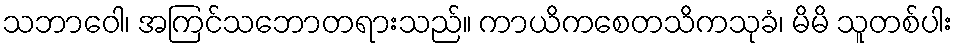
သဘာဝေါ၊ အကြင်သဘောတရားသည်။ ကာယိကစေတသိကသုခံ၊ မိမိ သူတစ်ပါး